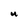
Character: U